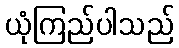
ယုံကြည်ပါသည်